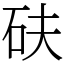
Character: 砆